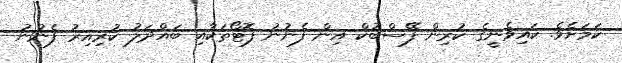
ކަމަށެވެ. ކައިވެނީގެ ކުރިން ފޭސްބުކް އިން ފެނުނު ފޮޓޯތަކާއި ބައްދަލު ކުރިއިރު ފެނުނު